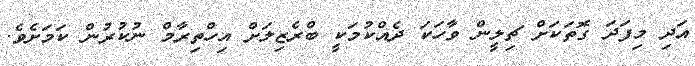
އަދި މިފަދަ ގޮތަކަށް ޗިލީން ވާހަކަ ދެއްކުމަކީ ބްރެޒިލަށް އިހްތިރާމް ނުކުރުން ކަމަށެވެ.